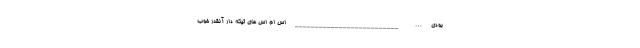
بودی … __________________________ اس ام اس های تیکه دار آنقدر خوب